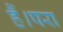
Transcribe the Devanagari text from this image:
हैं।परा